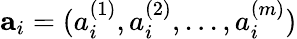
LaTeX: \textbf{a}_{i}=(a_{i}^{(1)},a_{i}^{(2)},...,a_{i}^{(m)})